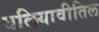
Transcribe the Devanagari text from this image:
वलियावीतिल